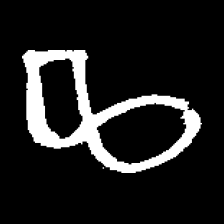
Pyu character \u2014 Myanmar letter: ဆ (romanized: cha)